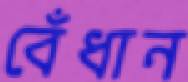
বেঁধান